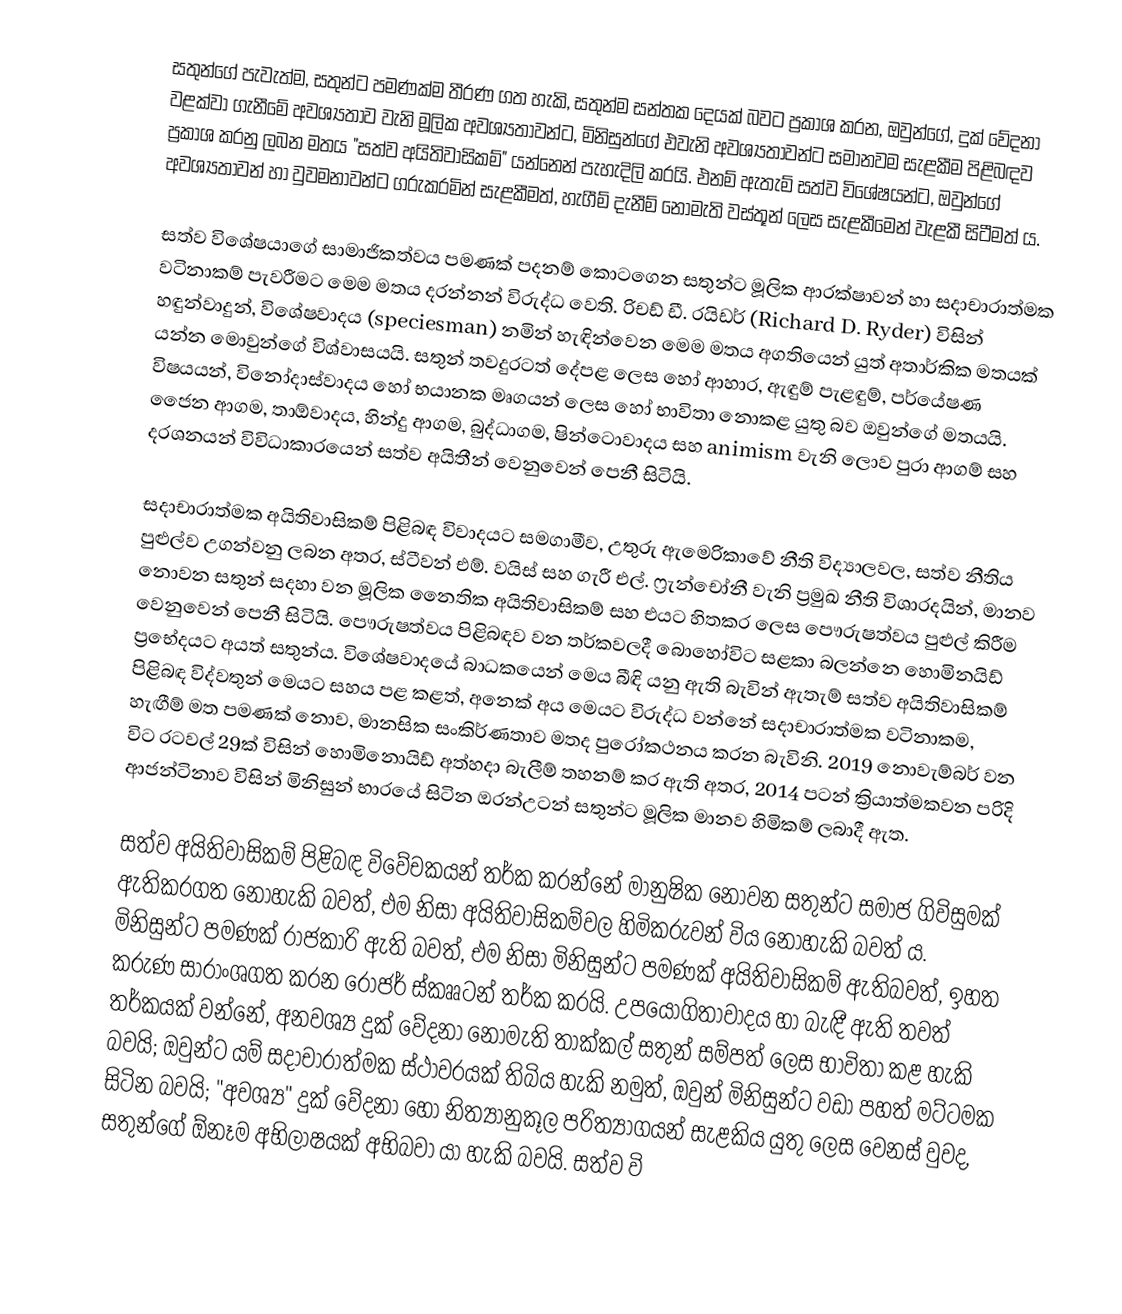
සතුන්ගේ පැවැත්ම, සතුන්ට පමණක්ම තීරණ ගත හැකි, සතුන්ම සන්තක දෙයක් බවට ප්‍රකාශ කරන, ඔවුන්ගේ, දුක් වේදනා වළක්වා ගැනීමේ අවශ්‍යතාව වැනි මූලික අවශ්‍යතාවන්ට, මිනිසුන්ගේ එවැනි අවශ්‍යතාවන්ට සමානවම සැළකීම පිළිබඳව ප්‍රකාශ කරනු ලබන මතය "සත්ව අයිතිවාසිකම්" යන්නෙන් පැහැදිලි කරයි. එනම් ඇතැම් සත්ව විශේෂයන්ට, ඔවුන්ගේ අවශ්‍යතාවන් හා වුවමනාවන්ට ගරුකරමින් සැළකීමත්, හැගීම් දැනීම් නොමැති වස්තූන් ලෙස සැළකීමෙන් වැළකී සිටීමත් ය.

සත්ව විශේෂයාගේ සාමාජිකත්වය පමණක් පදනම් කොටගෙන සතුන්ට මූලික ආරක්ෂාවන් හා සදාචාරාත්මක වටිනාකම් පැවරීමට මෙම මතය දරන්නන් විරුද්ධ වෙති. රිචඩ් ඩී. රයිඩර් (Richard D. Ryder) විසින් හඳුන්වාදුන්, විශේෂවාදය (speciesman) නමින් හැඳින්වෙන මෙම මතය අගතියෙන් යුත් අතාර්කික මතයක් යන්න මොවුන්ගේ විශ්වාසයයි. සතුන් තවදුරටත් දේපළ ලෙස හෝ ආහාර, ඇඳුම් පැළඳුම්, පර්යේෂණ විෂයයන්, විනෝදාස්වාදය හෝ භයානක මෘගයන් ලෙස හෝ භාවිතා නොකළ යුතු බව ඔවුන්ගේ මතයයි. ජෛන ආගම, තාඕවාදය, හින්දු ආගම, බුද්ධාගම, ෂින්ටොවාදය සහ animism වැනි ලොව පුරා ආගම් සහ දරශනයන් විවිධාකාරයෙන් සත්ව අයිතීන් වෙනුවෙන් පෙනී සිටියි.

සදාචාරාත්මක අයිතිවාසිකම් පිළිබඳ විවාදයට සමගාමීව, උතුරු ඇමෙරිකාවේ නීති විද්‍යාලවල, සත්ව නීතිය පුළුල්ව උගන්වනු ලබන අතර, ස්ටීවන් එම්. වයිස් සහ ගැරී එල්. ෆ්‍රැන්චෝනී වැනි ප්‍රමුඛ නීති විශාරදයින්, මානව නොවන සතුන් සදහා වන මූලික නෛතික අයිතිවාසිකම් සහ එයට හිතකර ලෙස පෞරුෂත්වය පුළුල් කිරීම වෙනුවෙන් පෙනී සිටියි. පෞරුෂත්වය පිළිබඳව වන තර්කවලදී බොහෝවිට සළකා බලන්නෙ හොමිනයිඩ් ප්‍රභේදයට අයත් සතුන්ය. විශේෂවාදයේ බාධකයෙන් මෙය බීඳි යනු ඇති බැවින් ඇතැම් සත්ව අයිතිවාසිකම් පිළිබඳ විද්වතුන් මෙයට සහය පළ කළත්, අනෙක් අය මෙයට විරුද්ධ වන්නේ සදාචාරාත්මක වටිනාකම, හැඟීම් මත පමණක් නොව, මානසික සංකිර්ණතාව මතද පුරෝකථනය කරන බැවිනි. 2019 නොවැම්බර් වන විට රටවල් 29ක් විසින් හොමිනොයිඩ් අත්හදා බැලීම් තහනම් කර ඇති අතර, 2014 පටන් ක්‍රියාත්මකවන පරිදි ආජන්ටිනාව විසින් මිනිසුන් භාරයේ සිටින ඔරන්උටන් සතුන්ට මූලික මානව හිමිකම් ලබාදී ඇත.

සත්ව අයිතිවාසිකම් පිළිබඳ විවේචකයන් තර්ක කරන්නේ මානුෂික නොවන සතුන්ට සමාජ ගිවිසුමක් ඇතිකරගත නොහැකි බවත්, එම නිසා අයිතිවාසිකම්වල හිමිකරුවන් විය නොහැකි බවත් ය. මිනිසුන්ට පමණක් රාජකාරි ඇති බවත්, එම නිසා මිනිසුන්ට පමණක් අයිතිවාසිකම් ඇතිබවත්, ඉහත කරුණ සාරාංශගත කරන රොජර් ස්කෲටන් තර්ක කරයි. උපයෝගිතාවාදය හා බැඳී ඇති තවත් තර්කයක් වන්නේ, අනවශ්‍ය දුක් වේදනා නොමැති තාක්කල් සතුන් සම්පත් ලෙස භාවිතා කළ හැකි බවයි; ඔවුන්ට යම් සදාචාරාත්මක ස්ථාවරයක් තිබිය හැකි නමුත්, ඔවුන් මිනිසුන්ට වඩා පහත් මට්ටමක සිටින බවයි; "අවශ්‍ය" දුක් වේදනා හෝ නිත්‍යානුකූල පරිත්‍යාගයන් සැළකිය යුතු ලෙස වෙනස් වුවද, සතුන්ගේ ඕනෑම අභිලාෂයක් අභිබවා යා හැකි බවයි. සත්ව වි